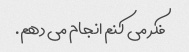
فکر می کنم انجام می دهم.